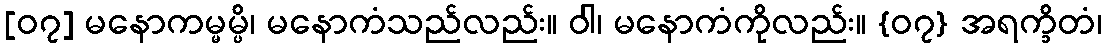
[၀၇] မနောကမ္မမ္ပိ၊ မနောကံသည်လည်း။ ဝါ၊ မနောကံကိုလည်း။ {၀၇} အရက္ခိတံ၊